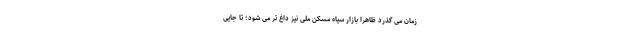
زمان می گذرد ظاهرا بازار سیاه مسکن ملی نیز داغ تر می شود؛ تا جایی